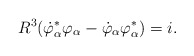
\begin{align*}R^3 (\dot{\varphi}_{\alpha}^* \varphi_{\alpha}- \dot{\varphi}_{\alpha} \varphi_{\alpha}^* ) = i.\end{align*}